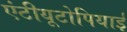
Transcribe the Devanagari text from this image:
एंटीयूटोपियाई